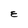
Character: E